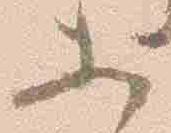
等